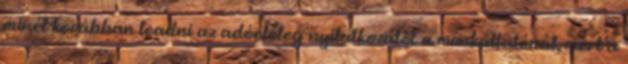
minél korábban leadni az adóelőleg-nyilatkozatot a munkáltatónál, mert a